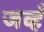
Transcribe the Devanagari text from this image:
जव्हँ